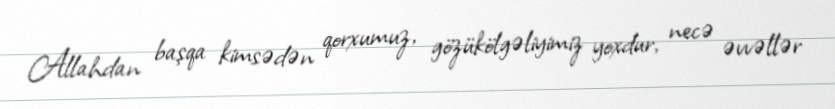
Allahdan başqa kimsədən qorxumuz, gözükölgəliyimiz yoxdur, necə əvvəllər